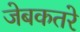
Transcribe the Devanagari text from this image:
जेबकतरे